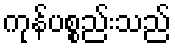
ကုန်ပစ္စည်းသည်